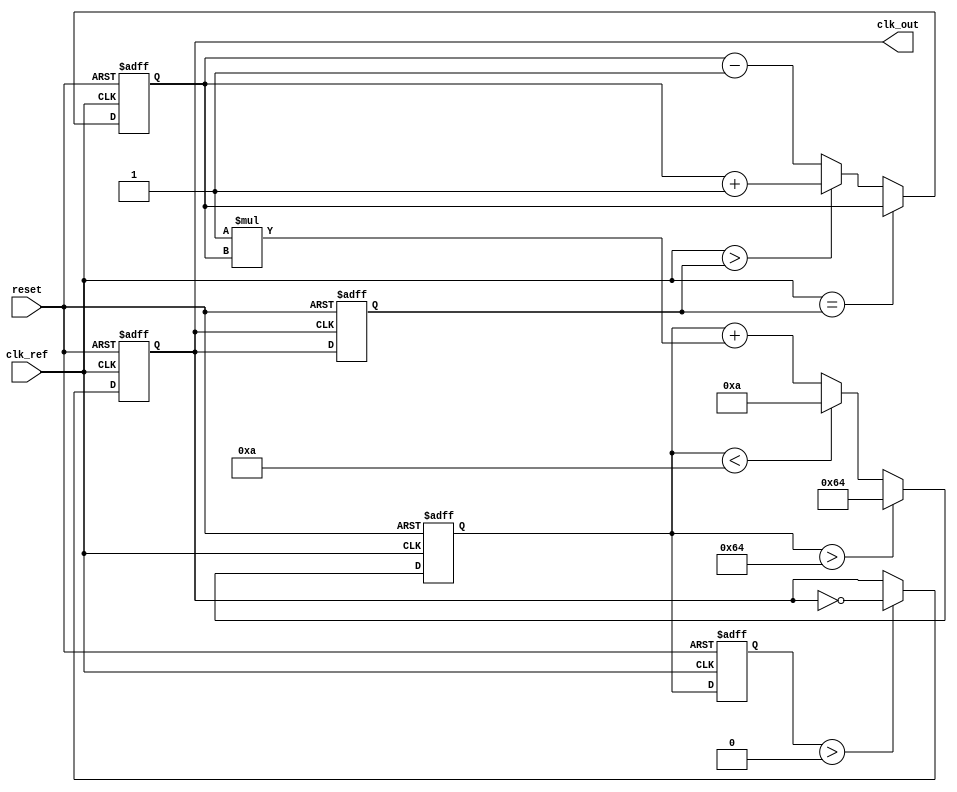
module PLL (
    input wire clk_ref,           // Reference clock input
    input wire reset,             // Asynchronous reset
    output reg clk_out            // Output clock
);

    // Parameters
    parameter integer VCO_MAX_FREQ = 100; // Max frequency for the VCO
    parameter integer VCO_MIN_FREQ = 10;   // Min frequency for the VCO
    parameter integer LOOP_FILTER_GAIN = 1; // Gain for the loop filter

    // Internal signals
    reg clk_feedback;               // Feedback clock
    reg [7:0] phase_error;          // Phase error signal from phase detector
    reg [7:0] control_voltage;       // Control voltage for VCO
    reg [7:0] vco_freq;              // Current frequency of VCO

    // Phase Detector (PD)
    always @(posedge clk_ref or posedge reset) begin
        if (reset) begin
            phase_error <= 0;
        end else begin
            // Compare phase of reference clock and feedback clock
            if (clk_ref == clk_feedback) begin
                phase_error <= phase_error; // No change
            end else if (clk_ref > clk_feedback) begin
                phase_error <= phase_error + 1; // Feedback is lagging
            end else begin
                phase_error <= phase_error - 1; // Feedback is leading
            end
        end
    end

    // Loop Filter (LF)
    always @(posedge clk_ref or posedge reset) begin
        if (reset) begin
            control_voltage <= 0;
        end else begin
            control_voltage <= control_voltage + (LOOP_FILTER_GAIN * phase_error);
            // Limit control voltage to VCO range
            if (control_voltage > VCO_MAX_FREQ)
                control_voltage <= VCO_MAX_FREQ;
            else if (control_voltage < VCO_MIN_FREQ)
                control_voltage <= VCO_MIN_FREQ;
        end
    end

    // Voltage-Controlled Oscillator (VCO)
    always @(posedge clk_ref or posedge reset) begin
        if (reset) begin
            clk_out <= 0;
            vco_freq <= VCO_MIN_FREQ; // Start at minimum frequency
        end else begin
            // Update VCO frequency based on control voltage
            vco_freq <= control_voltage;

            // Generate output clock based on VCO frequency
            if (vco_freq > 0) begin
                clk_out <= ~clk_out; // Simple toggle for output clock
            end
        end
    end

    // Feedback mechanism (simple feedback logic)
    always @(posedge clk_out or posedge reset) begin
        if (reset) begin
            clk_feedback <= 0;
        end else begin
            clk_feedback <= clk_out; // Feedback output clock to phase detector
        end
    end

endmodule